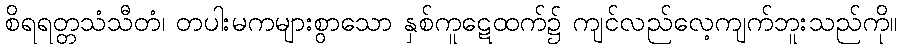
စိရရတ္တသံသီတံ၊ တပါးမကများစွာသော နှစ်ကူဋေထက်၌ ကျင်လည်လေ့ကျက်ဘူးသည်ကို။